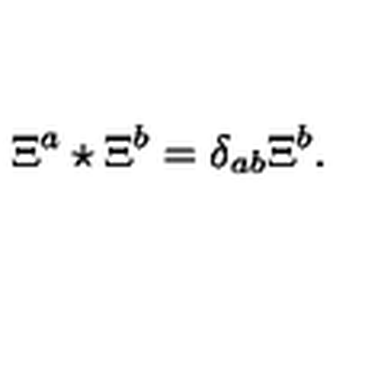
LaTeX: \Xi ^ { a } \star \Xi ^ { b } = \delta _ { a b } \Xi ^ { b } .